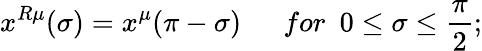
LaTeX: x^{R\mu}(\sigma)=x^{\mu}(\pi-\sigma)~~~~~~for~~0\leq\sigma\leq\frac{\pi}{2};